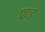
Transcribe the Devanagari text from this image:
फ्ण्ड